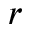
r